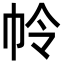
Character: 𭘘